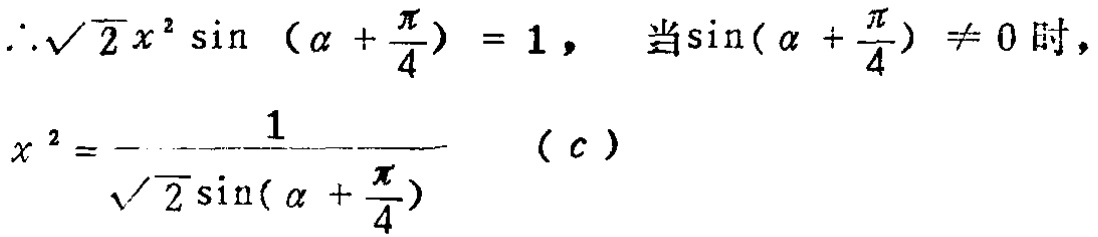
\(\therefore\sqrt{2}x^{2}\sin\left(\alpha+\frac{\pi}{4}\right)=1,\quad 当\sin(\alpha + \frac{\pi}{4})\neq 0时,\)
\(x^{2}=\frac{1}{\sqrt{2}\sin(\alpha+\frac{\pi}{4})}\quad (c)\)